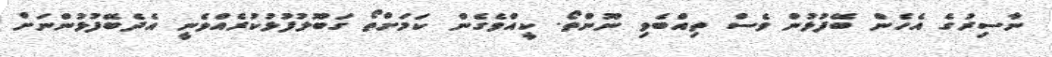
ނާސިރުގެ އެހެން ބޭފުޅުން ވެސް ތިއްބެވި ނޫންތޯ. ކީއްވެގެން ކަމަށްތޯ ގަބޫލުފުޅުކުރެއްވެނީ އެދެބޭފުޅުންނަށް